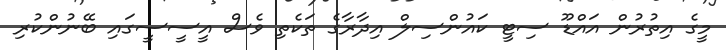
މީގެ އިތުރުން އައްޑޫ ސިޓީ ކައުންސިލް އިދާރާގެ ތަކެތި ވެސް އީސީސީގައި ބޭނުންކުރި